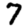
Digit: 7